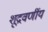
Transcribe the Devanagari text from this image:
शूद्रवर्णीय